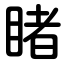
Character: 睹